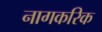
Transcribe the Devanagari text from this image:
नागकरिक